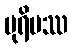
ပုရိမဿ